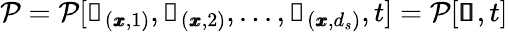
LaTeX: \begin{array}{r}{\mathcal{P}=\mathcal{P}[\mathscr{s}_{(\pmb{x},1)},\mathscr{s}_{(\pmb{x},2)},...,\mathscr{s}_{(\pmb{x},d_{s})},t]=\mathcal{P}[\pmb{\mathscr{s}},t]}\end{array}